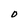
Character: O